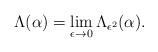
LaTeX: \begin{align*}\Lambda(\alpha)=\lim_{\epsilon\to0}\Lambda_{\epsilon^2}(\alpha).\end{align*}